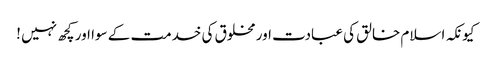
کیونکہ اسلام خالق کی عبادت اور مخلوق کی خدمت کے سوا اور کچھ نہیں !